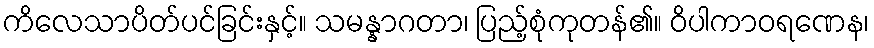
ကိလေသာပိတ်ပင်ခြင်းနှင့်။ သမန္နာဂတာ၊ ပြည့်စုံကုတန်၏။ ဝိပါကာဝရဏေန၊